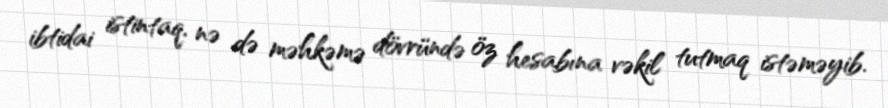
ibtidai istintaq, nə də məhkəmə dövründə öz hesabına vəkil tutmaq istəməyib.